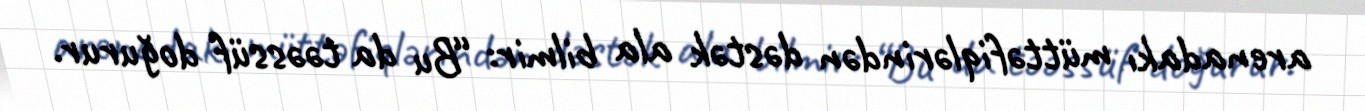
arenadakı müttəfiqlərindən dəstək ala bilmir: “Bu da təəssüf doğurur.